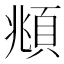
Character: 頫